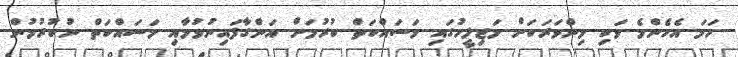
ހަމަ އެހެންމެ ވަކި މިންވަރަކަށް މަޖިލީހުގައި މަސައްކަތް ކުރުމަށް އަންގާފައިނުވުމާއި މަސައްކަތް ނުކުރުމުން